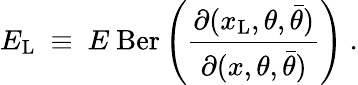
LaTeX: E_{\mathrm{L}}\ \equiv\ E\ \mathrm{Ber}\left({\frac{\partial(x_{\mathrm{L}},\theta,\bar{\theta})}{\partial(x,\theta,\bar{\theta})}}\right)\ .